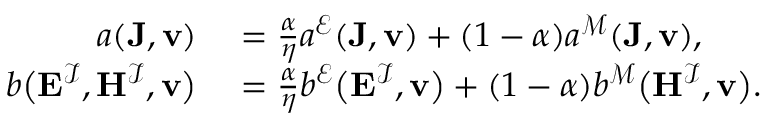
\begin{array} { r l } { a ( \mathbf { J } , \mathbf { v } ) } & { { } { } = { } \frac { \alpha } { \eta } a ^ { \mathcal { E } } ( \mathbf { J } , \mathbf { v } ) { } + { } ( 1 - \alpha ) a ^ { \mathcal { M } } ( \mathbf { J } , \mathbf { v } ) , } \\ { b \big ( \mathbf { E } ^ { \mathcal { I } } , \mathbf { H } ^ { \mathcal { I } } , \mathbf { v } \big ) } & { { } { } = { } \frac { \alpha } { \eta } b ^ { \mathcal { E } } \big ( \mathbf { E } ^ { \mathcal { I } } , \mathbf { v } \big ) { } + { } ( 1 - \alpha ) b ^ { \mathcal { M } } \big ( \mathbf { H } ^ { \mathcal { I } } , \mathbf { v } \big ) . } \end{array}